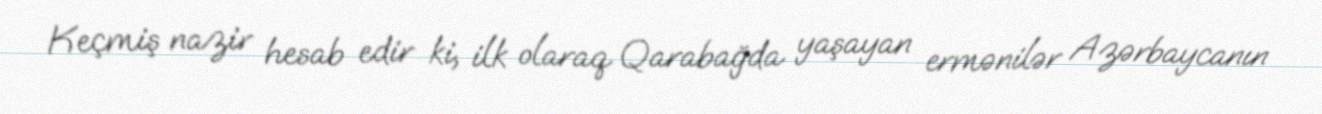
Keçmiş nazir hesab edir ki, ilk olaraq Qarabağda yaşayan ermənilər Azərbaycanın